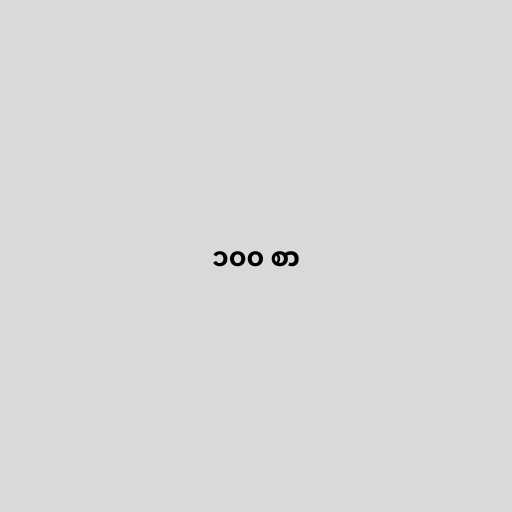
၁၀၀ စာ